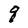
Character: q